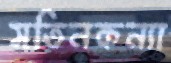
সতিনকন্যা